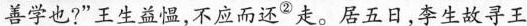
善学也？“王生益慍，不应而还走。居五日，李生故寻王